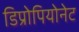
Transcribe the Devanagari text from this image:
डिप्रोपियोनेट